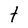
Character: t